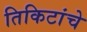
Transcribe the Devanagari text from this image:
तिकिटांचे